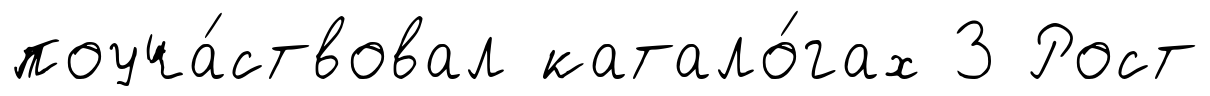
поуча́ствовал катало́гах 3 Рост